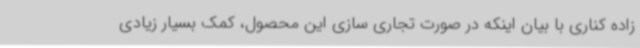
زاده کناری با بیان اینکه در صورت تجاری سازی این محصول، کمک بسیار زیادی